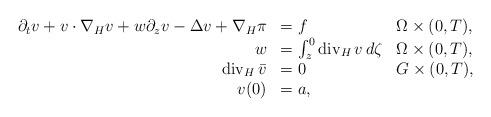
LaTeX: \begin{align*} \begin{array}{rll}\partial_tv + v\cdot\nabla_H v + w\partial_zv - \Delta v + \nabla_H\pi & = f & \Omega\times(0,T), \\w & = \int_z^0 \mathrm{div}_H\,v\,d\zeta & \Omega\times(0,T), \\\mathrm{div}_H\,\bar v &= 0 & G\times(0,T), \\ v(0) & = a,& \end{array}\end{align*}